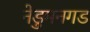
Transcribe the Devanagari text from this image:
नेडुमनगड